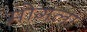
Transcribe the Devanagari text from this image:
मोगला